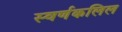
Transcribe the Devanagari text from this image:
स्वर्णकलिल